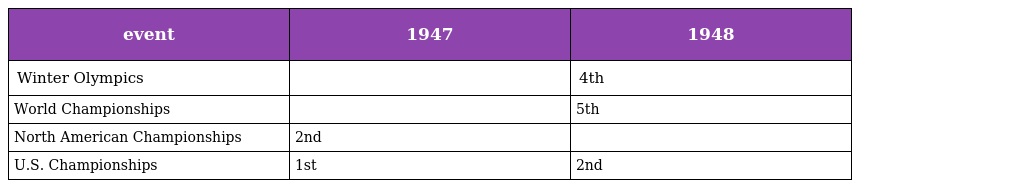
| event | 1947 | 1948 |
 | --- | --- | --- |
 | Winter Olympics |  | 4th |
 | World Championships |  | 5th |
 | North American Championships | 2nd |  |
 | U.S. Championships | 1st | 2nd |